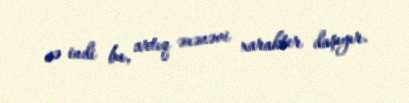
və indi bu, artıq ənənəvi xarakter daşıyır.